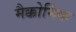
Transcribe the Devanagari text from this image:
मैक्कोर्मिक